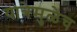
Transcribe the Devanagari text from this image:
यात्रेमुळेच